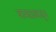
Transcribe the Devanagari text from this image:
कमळाकडून